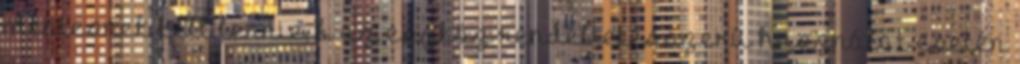
mentesnek kell lennie, b az eszköz rendeltetésszerû használat esetén